Eesti_Evangeeliumi_Luteri_Usu_Konsistoorium, lk 10
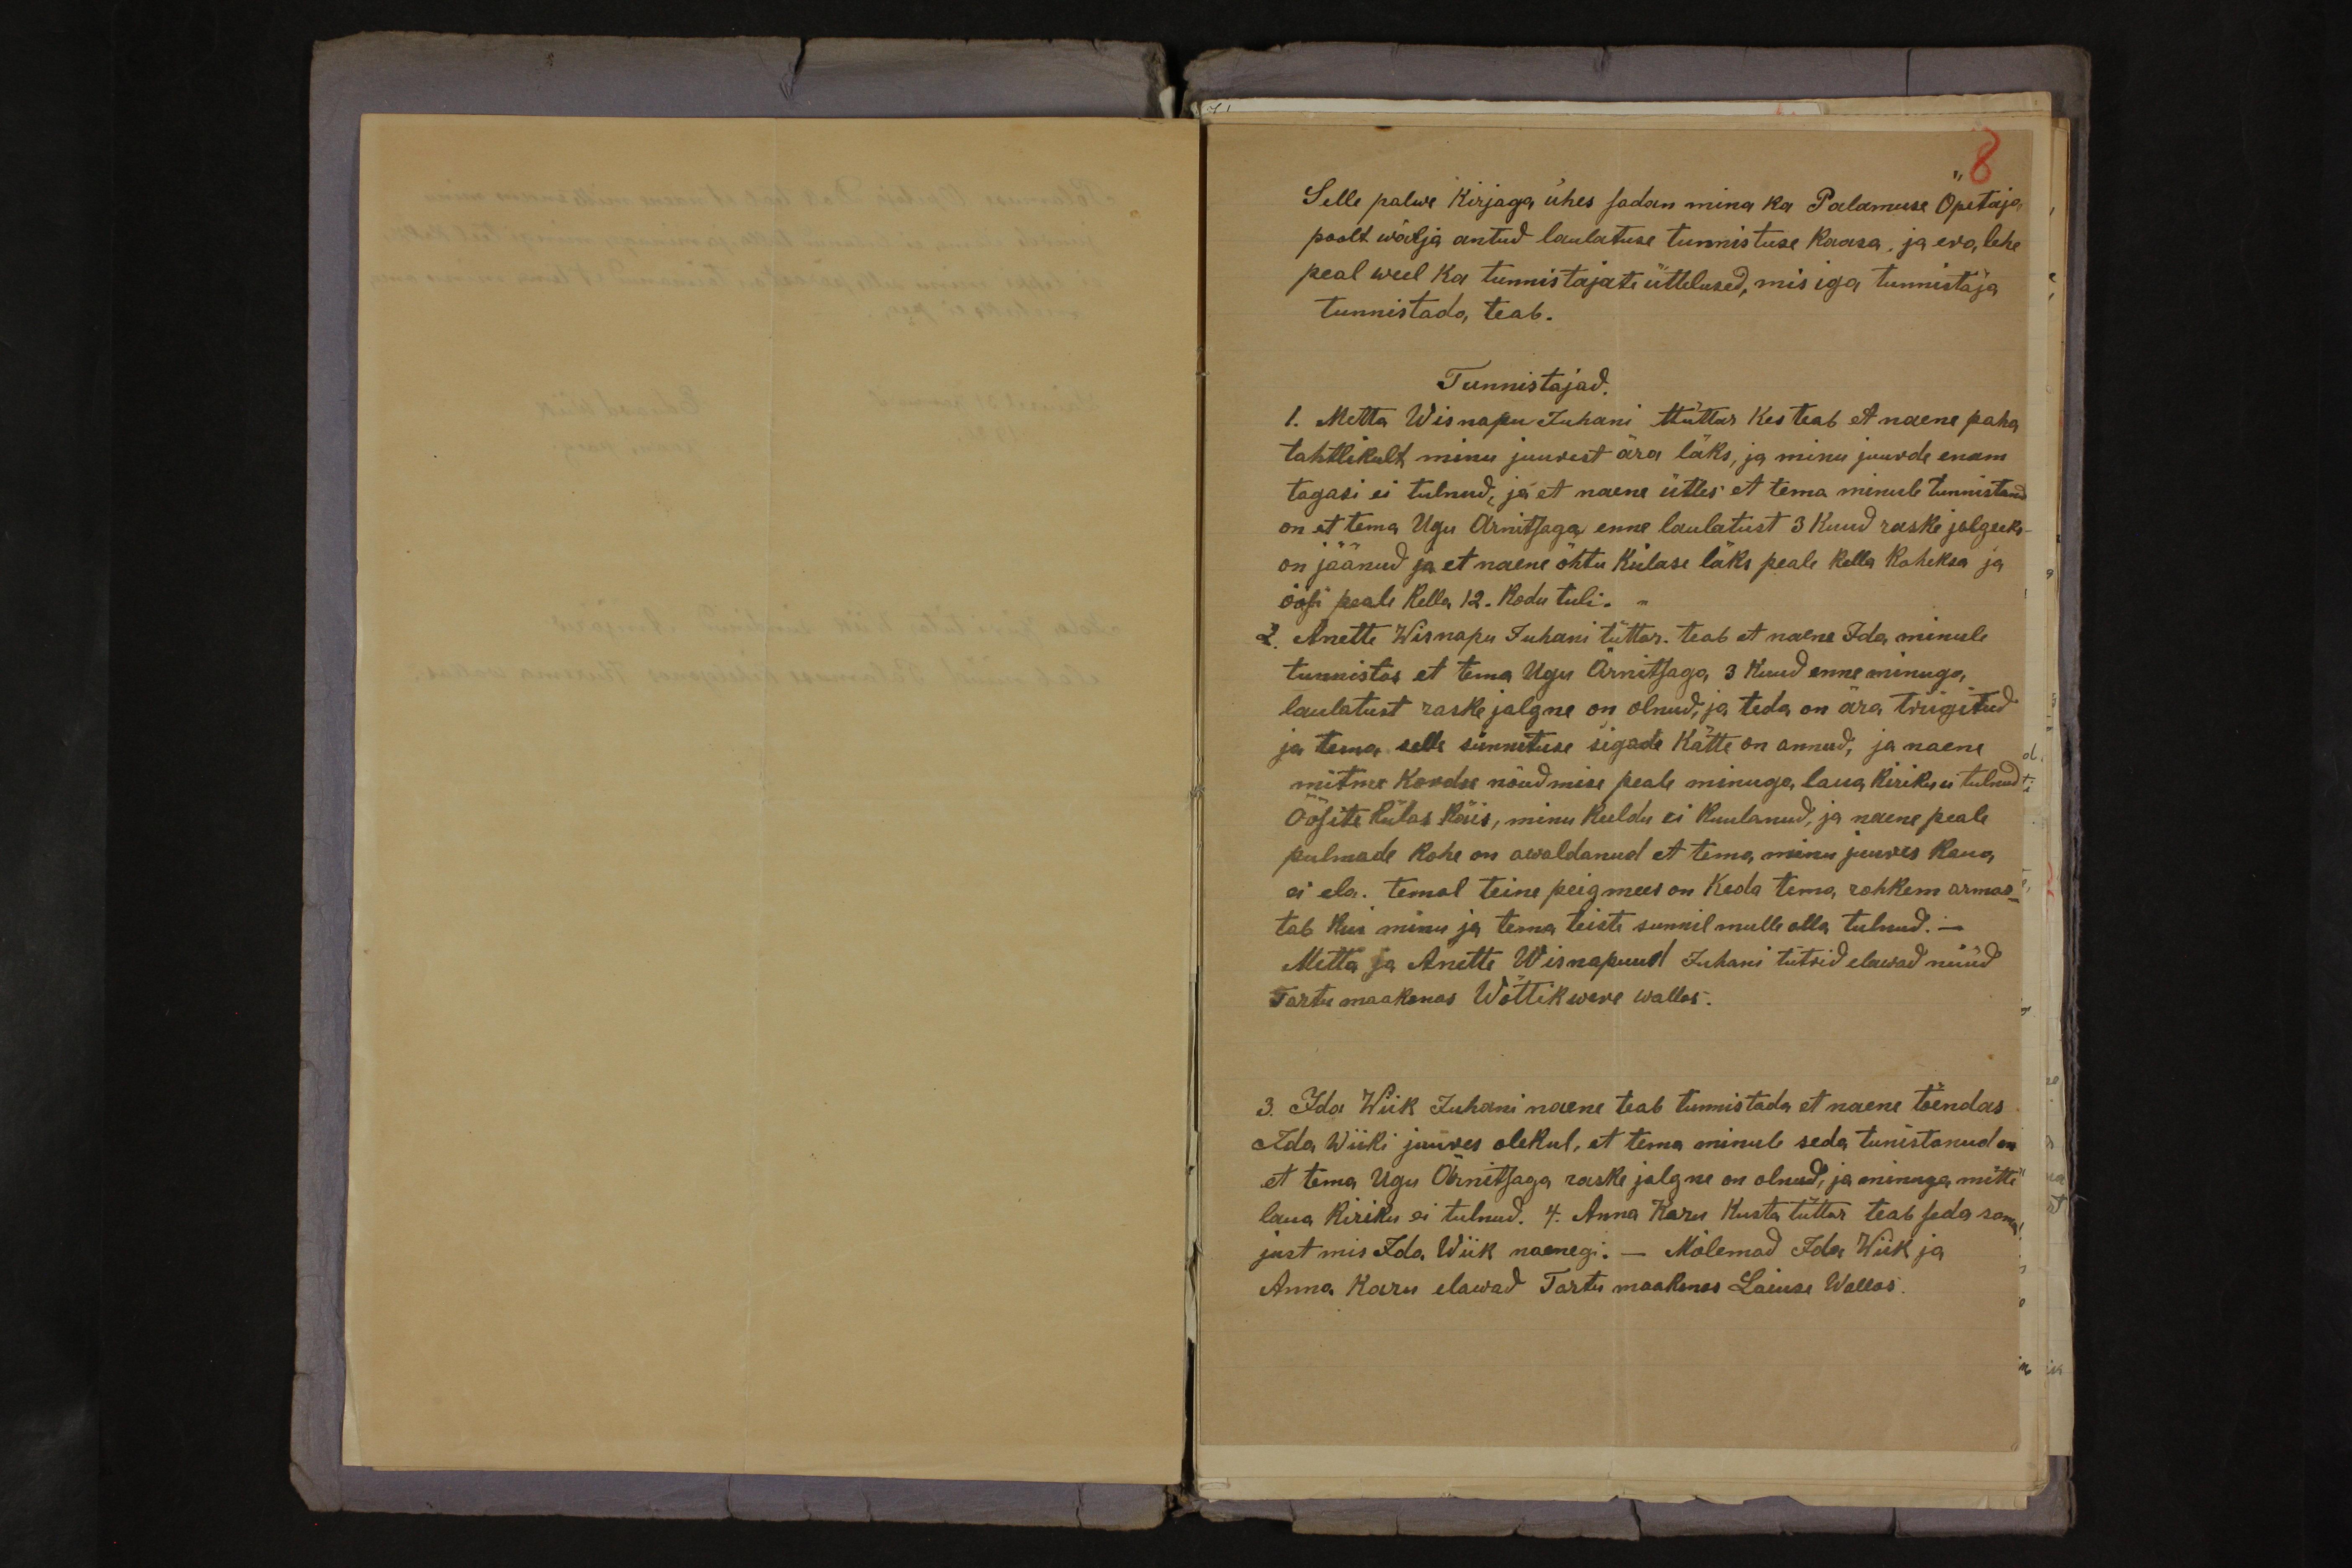
8

Selle palwe kirjaga ühes sadan mina ka Palamuse Öpetaja
poolt wälja antud laulatuse tunnistuse kaasa, ja era lehe
peal weel ka tunnistajate üttelused, mis iga tunnistaja
tunnistada teab.
Tunnistajad.
1. Metta Wisnapu Juhani ttüttar kes teab et naene paha
tahtlikult minu juurest ära läks, ja minu juurde enam
tagasi ei tulnud, ja et naene ütles et tema minule tunnistand
on et tema Ugu Ärnitsaga enne laulatust 3 kuud raske jalgseks
on jäänud ja et naene õhtu külase läks peale kella kaheksa ja
öösi peale kella 12. kodu tuli.
2. Anette Wisnapu Juhani tüttar. teab et naene Ida minule
tunnistas et tema Ugu Ärnitsaga 3 kuud enne minuga
laulatust raske jalgne on olnud, ja teda on ära triigitud
ja tema selle sünnituse sigade kätte on annud, ja naene
mitme kordse nõudmise peale minuga laua kiriku ei tulnud
Öösite külas käis, minu keeldu ei kuulanud, ja naene peale
pulmade kohe on awaldanud et tema minu juures kaua
ei ela. temal teine peigmees on keda tema rohkem armas-
tab kui minu ja tema teiste sunnil mulle olla tulnud. -
Metta ja Anette Wisnapuud Juhani tütrid elawad nüüd
Tartu maakonas Wõttikwere wallas.
3. Ida Wiik Juhani naene teab tunnistada et naene tõendas
Ida Wiiki juures olekul, et tema minule seda tunistanud on
et tema Ugu Ärnitsaga raske jalgne on olnud, ja minuga mitte
laua kiriku ei tulnud. 4. Anna Karu Kusta tüttar teab seda sama
just mis Ida Wiik naenegi. - Mõlemad Ida Wiik ja
Anna Karu elawad Tartu maakonas Laiuse Wallas.